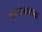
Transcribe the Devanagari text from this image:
पडताळताना